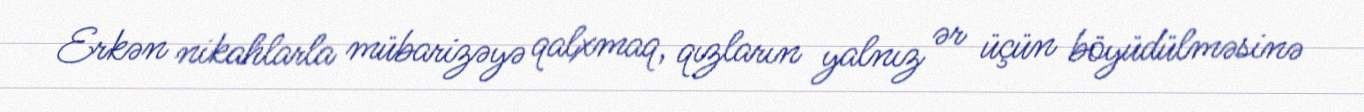
Erkən nikahlarla mübarizəyə qalxmaq, qızların yalnız ər üçün böyüdülməsinə